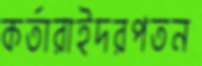
কর্তারাইদরপতন